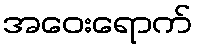
အဝေးရောက်